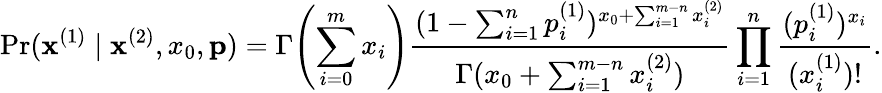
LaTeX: \operatorname*{Pr}(\mathbf{x}^{(1)}\mid\mathbf{x}^{(2)},x_{0},\mathbf{p})=\Gamma\! \left(\sum_{i=0}^{m}{x_{i}}\right){\frac{(1-\sum_{i=1}^{n}{p_{i}^{(1)}})^{x_{0}+\sum_{i=1}^{m-n}x_{i}^{(2)}}}{\Gamma(x_{0}+\sum_{i=1}^{m-n}x_{i}^{(2)})}}\prod_{i=1}^{n}{\frac{(p_{i}^{(1)})^{x_{i}}}{(x_{i}^{(1)})!}}.